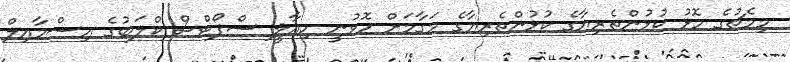
މިމެޗުގެ މޮޅު ކުޅުންތެރިޔާގެ ކުޅުންތެރިޔާގެ މަގާމަށް ހޮވުނީ ހިއާލީ ސްޕޯޓްސް ކްލަބުގެ އިސްމާއިލް